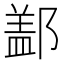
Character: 𨝕